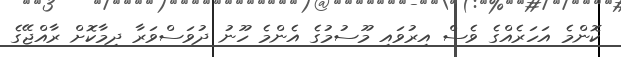
ކޮންމެ އަހަރެއްގެ ވެސް އިރުވައި މޫސުމުގެ އެންމެ ހޫނު ދުވަސްވަރާ ދިމާކޮށް ރާއްޖޭގެ